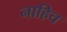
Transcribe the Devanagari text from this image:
नाहिच